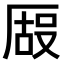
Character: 𫨒